Leprosy in India: report of the Leprosy Commission in India, 1890-91
Year: 1890
Disease focus: Leprosy
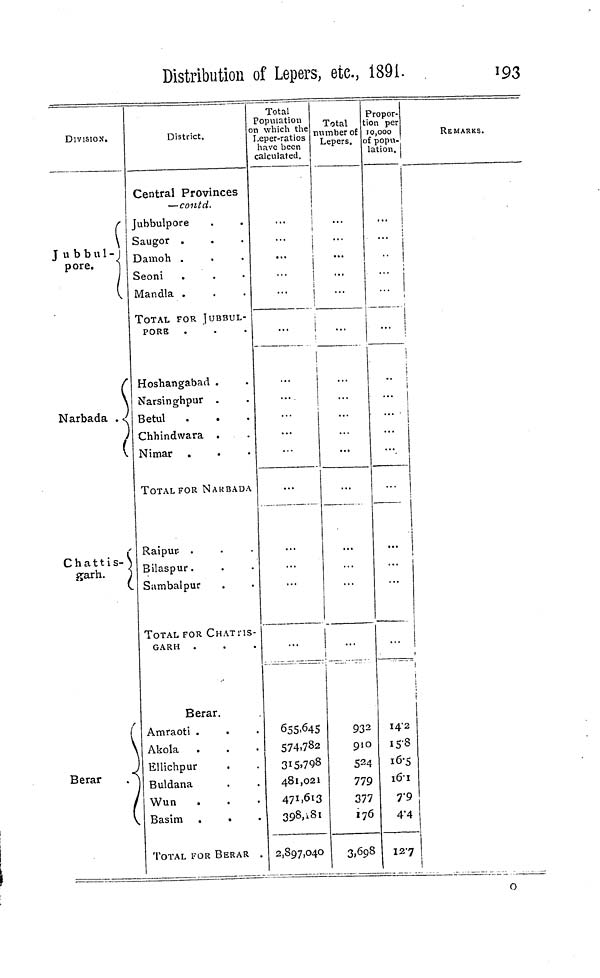
Distribution of Lepers, etc., i89i.
193
DIVISION.
(
\
Jubbul-I
pore.
I
I
Narbada .
(
Chattis-}
garh.
)
(.
(
Berar
(
District.
Central Provinces
— contd.
fubbulpore
Saugor .
Damoh .
Seoni
Mandla .
TOTAL FOR JUBBUL-
PORB
Hoshangabad .
Narsinghpur .
BetuI
Chhindwara .
Nimar
TOTAL FOR NAKBADA
Raipur- .
Bilaspur.
Sambalpur
TOTAL FOR CHATHS-
GARH .
Berar.
Amraoti .
Akola
Ellichpur
Buldana
Wun
Basim .
.
TOTAL FOR BERAR
Total
Population
1 which the
Leper-ratios
have been
calculated.
|
1
j
i | 1
I
i
!
...
655.64s
574.782
315.798
481,021
471,613
398,»8i
2,897,040
Total
number of
Lepers.
...
1
...
93 2
910
524
779
377
176
3,698
Propor-
ion per
10,000
if popu-
lation.
1 i
i
!
..
•
1
... j
...
*
14*2
15-8
16-5
16-1
7'9
4*4
127
REMARKS.
1
1
I
1
o